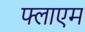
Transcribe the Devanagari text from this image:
फ्लाएम